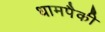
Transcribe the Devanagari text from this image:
धामपैकी